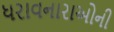
ધરાવનારાઓની